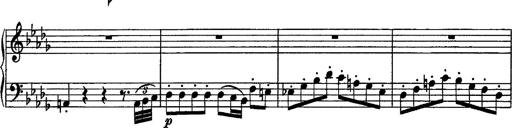
Title: Piano Sonata
Composer: Karl HÃ¤ssler
Key: C major